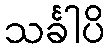
သင်္ခါပိ